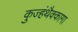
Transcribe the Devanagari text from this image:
कुज्हंथैक्कागा